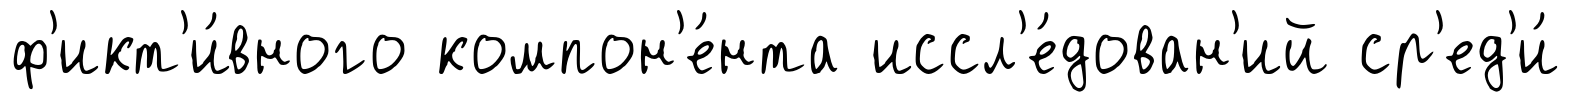
ф'икт'и́вного компон'е́нта иссл'е́дован'ий ср'ед'и́